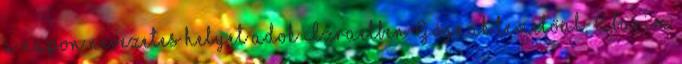
a napon nevezetes helyet adok Izraelben Gógnak temetőül, Abarim